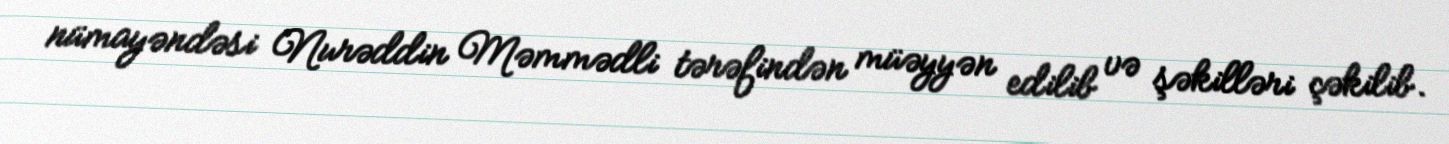
nümayəndəsi Nurəddin Məmmədli tərəfindən müəyyən edilib və şəkilləri çəkilib.